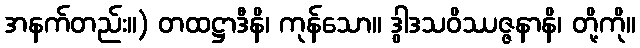
အနက်တည်း။) တထဋ္ဌာဒီနိ၊ ကုန်သော။ ဒွါဒသဝိဿဇ္ဇနာနိ၊ တို့ကို။